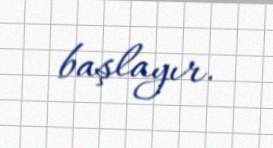
başlayır.